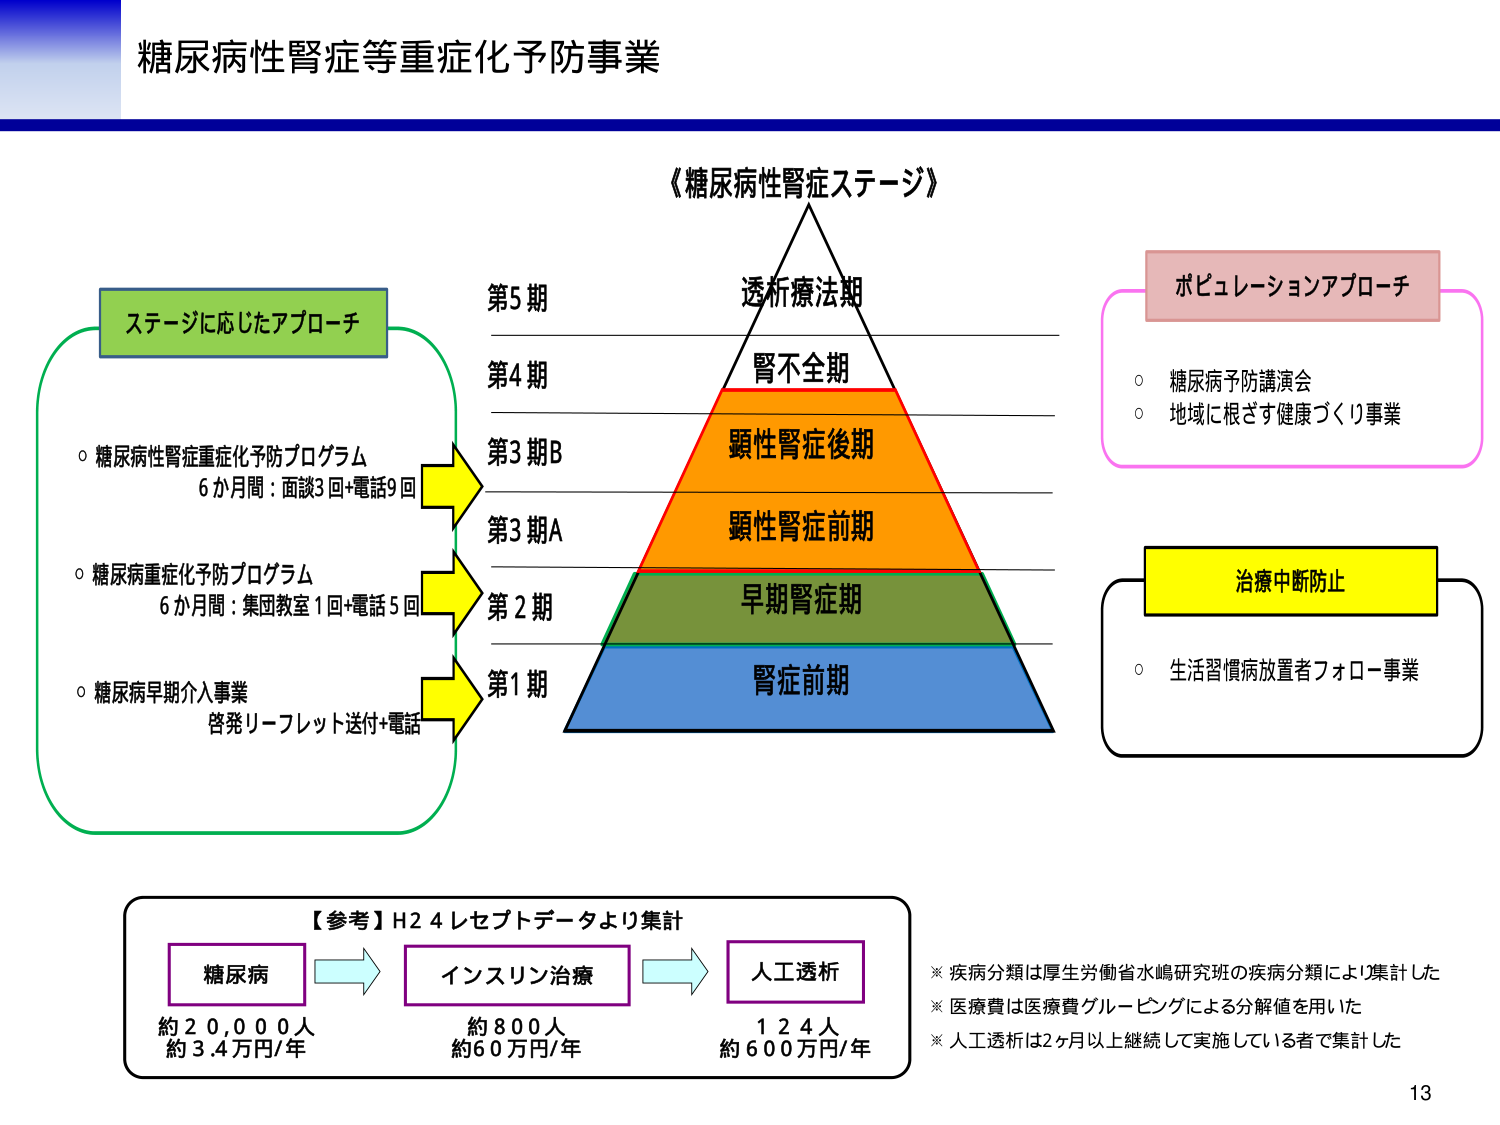
糖尿病性腎症等重症化予防事業

《糖尿病性腎症ステージ》

第5期
透析療法期

第4期
腎不全期

第3期B
顕性腎症後期

第3期A
顕性腎症前期

第2期
早期腎症期

第1期
腎症前期

ステージに応じたアプローチ
○ 糖尿病性腎症重症化予防プログラム
　6か月間：面談3回+電話9回
○ 糖尿病重症化予防プログラム
　6か月間：集団教室1回+電話5回
○ 糖尿病早期介入事業
　啓発リーフレット送付+電話

ポピュレーションアプローチ
○ 糖尿病予防講演会
○ 地域に根ざす健康づくり事業

治療中断防止
○ 生活習慣病放置者フォロー事業

【参考】H24レセプトデータより集計
糖尿病
約20,000人
約3.4万円/年

インスリン治療
約800人
約60万円/年

人工透析
124人
約600万円/年

※ 疾病分類は厚生労働省水嶋研究班の疾病分類により集計した
※ 医療費は医療費グルーピングによる分解値を用いた
※ 人工透析は2ヶ月以上継続して実施している者で集計した

13